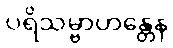
ပရိသမ္ဗာဟန္တေန